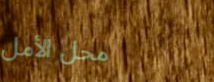
محل الأمل